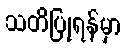
သတိပြုရန်မှာ